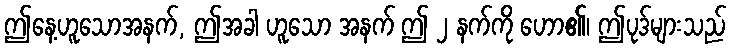
ဤနေ့ဟူသောအနက်, ဤအခါ ဟူသော အနက် ဤ ၂ နက်ကို ဟော၏၊ ဤပုဒ်များသည်